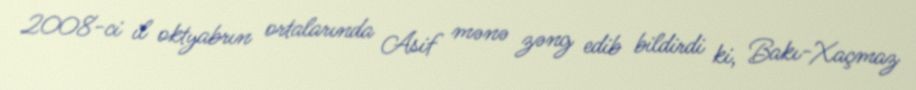
2008-ci il oktyabrın ortalarında Asif mənə zəng edib bildirdi ki, Bakı-Xaçmaz